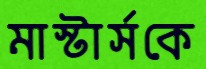
মাস্টার্সকে